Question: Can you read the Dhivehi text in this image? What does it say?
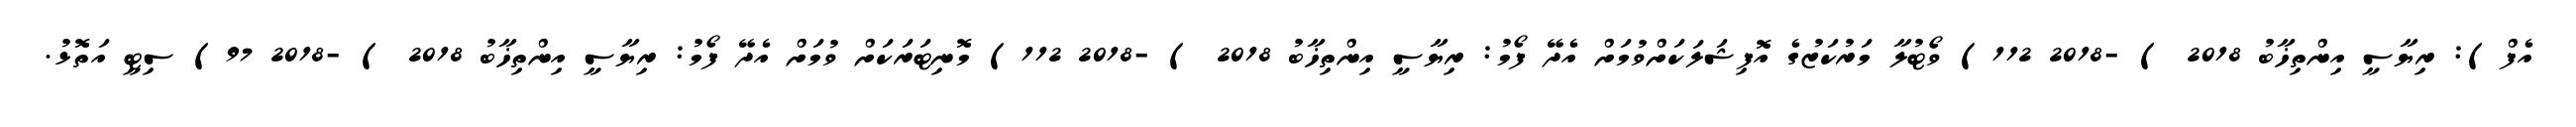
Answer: އެފް): ރިޔާސީ އިންތިޚާބު 2018 ) -2018 112) ވޯޓުލާ މަރުކަޒުގެ އޮފިޝަލަކަށްވުމަށް އެދޭ ފޯމު: ރިޔާސީ އިންތިޚާބު 2018 ) -2018 112) މޮނިޓަރަކަށް ވުމަށް އެދޭ ފޯމު: ރިޔާސީ އިންތިޚާބު 2018 ) -2018 97) ސިޓީ އަތޮޅު.